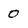
Character: 0